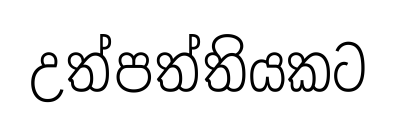
උත්පත්තියකට